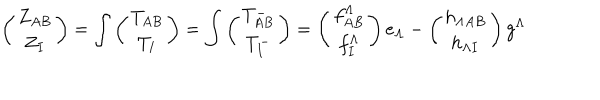
\left( \begin{matrix} { { Z _ { A B } } } \\ { { Z _ { I } } } \\ \end{matrix} \right) = \int \left( \begin{matrix} { { T _ { A B } } } \\ { { T _ { I } } } \\ \end{matrix} \right) = \int \left( \begin{matrix} { { T _ { A B } ^ { - } } } \\ { { T _ { I } ^ { - } } } \\ \end{matrix} \right) = \left( \begin{matrix} { { f _ { A B } ^ { \Lambda } } } \\ { { f _ { I } ^ { \Lambda } } } \\ \end{matrix} \right) e _ { \Lambda } - \left( \begin{matrix} { { h _ { \Lambda A B } } } \\ { { h _ { \Lambda I } } } \\ \end{matrix} \right) g ^ { \Lambda }